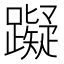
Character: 𰸴